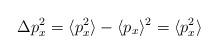
LaTeX: \begin{align*}\Delta p_{x}^{2} = \langle p_{x}^{2} \rangle - \langle p_{x} \rangle^{2} =\langle p_{x}^{2} \rangle\end{align*}